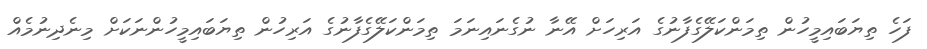
ފަހެ ތިޔަބައިމީހުން ތިމަންކަލޭގެފާނުގެ އަރިހަށް އޭނާ ނުގެނައިނަމަ ތިމަންކަލޭގެފާނުގެ އަރިހުން ތިޔަބައިމީހުންނަކަށް މިނެދިނުމެއް